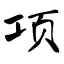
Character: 项